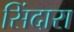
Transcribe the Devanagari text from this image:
सिंदारा